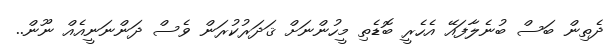
ދެތިން ބަސް ބުނެލާފައޭ އެހެރީ ބޮޑެތި މީހުންނަށް ޤަދަރުކުރަން ވެސް ދަންނަނީއެއް ނޫން..